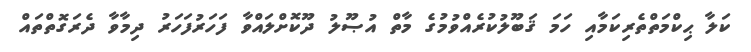
ކަލާ ޙިކްމަތްތެރިކަމާއި ހަމަ ޤަބޫލުކުރެއްވުމުގެ މާތް އުޞޫލު ދޫކޮށްލައްވާ ފަހަރުފަހަރު ދިމާވާ ދެރަގޮތްތައް